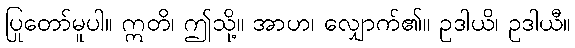
ပြုတော်မူပါ။ ဣတိ၊ ဤသို့။ အာဟ၊ လျှောက်၏။ ဥဒါယိ၊ ဥဒါယီ။